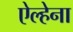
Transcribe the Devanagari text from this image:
ऐल्हेना